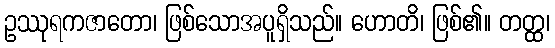
ဥဿုရကဇာတော၊ ဖြစ်သောအပူရှိသည်။ ဟောတိ၊ ဖြစ်၏။ တတ္ထ၊